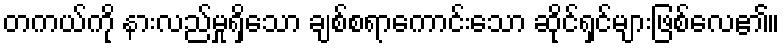
တကယ်ကို နားလည်မှုရှိသော ချစ်စရာကောင်းသော ဆိုင်ရှင်များဖြစ်လေ၏။